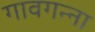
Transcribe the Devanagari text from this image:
गावगन्ना